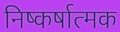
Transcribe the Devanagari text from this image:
निष्कर्षात्मक